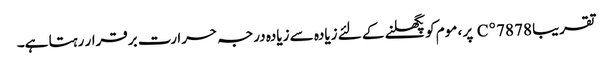
تقریبا 78 78 ° C پر ، موم کو پگھلنے کے لئے زیادہ سے زیادہ درجہ حرارت برقرار رہتا ہے۔